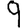
Digit: 9